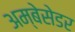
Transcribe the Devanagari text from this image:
अम्बेसेडर